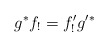
\begin{align*}g^* f_! = f'_! g'^*\end{align*}